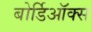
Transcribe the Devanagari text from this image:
बोर्डिऑक्स